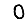
Digit: 0